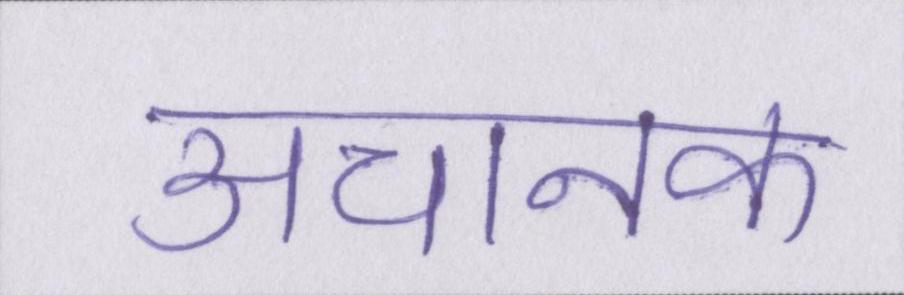
अचानक